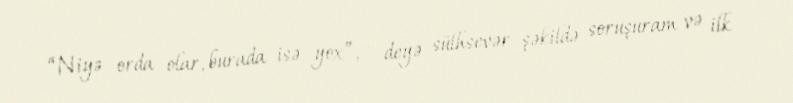
“Niyə orda olar, burada isə yox”, - deyə sülhsevər şəkildə soruşuram və ilk